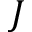
J